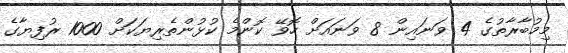
މިމުބާރާތުގެ 4 ވަނައިން 8 ވަނައަށް ހޮވޭ ކޮންމެ ކުޅުންތެރިޔަކަށް 1000 ރުފިޔާގެ